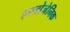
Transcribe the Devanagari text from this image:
एस्त्रोजेनिक